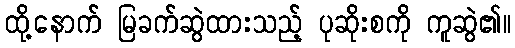
ထို့နောက် မြခက်ဆွဲထားသည့် ပုဆိုးစကို ကူဆွဲ၏။